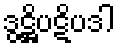
ဒွဋ္ဌိပဋိပဒါ